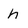
Character: h